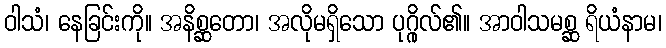
ဝါသံ၊ နေခြင်းကို။ အနိစ္ဆတော၊ အလိုမရှိသော ပုဂ္ဂိုလ်၏။ အာဝါသမစ္ဆ ရိယံနာမ၊